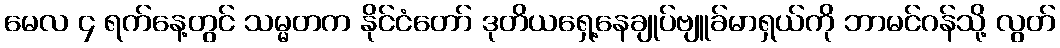
မေလ ၄ ရက်နေ့တွင် သမ္မတက နိုင်ငံတော် ဒုတိယရှေ့နေချုပ်ဗျူခ်မာရှယ်ကို ဘာမင်ဂန်သို့ လွတ်